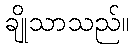
ချိုသာသည်။